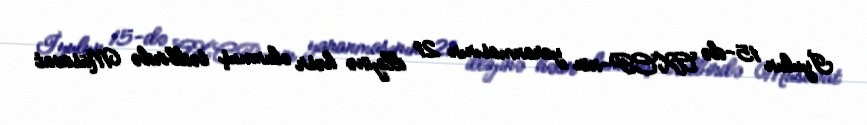
İyulun 15-də AXCP-nin yaranmasının 21 illiyinə həsr olunmuş tədbirdə Müsavat